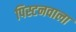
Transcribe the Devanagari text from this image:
पिस्टनवाला